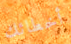
أخطائك